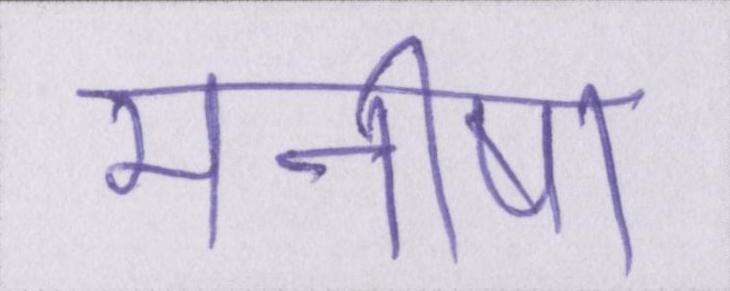
मनीषा